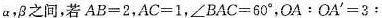
α，β之间，若$$AB = 2$$，$$AC = 1$$，$$∠BAC = 60°$$，$$OA : OA' = 3 :